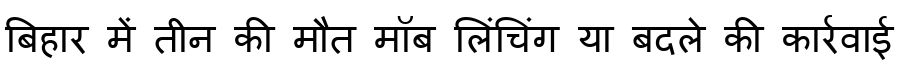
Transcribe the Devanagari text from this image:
बिहार में तीन की मौत मॉब लिंचिंग या बदले की कार्रवाई